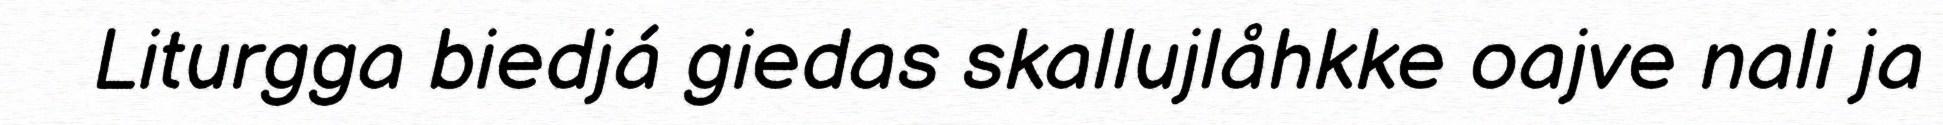
Liturgga biedjá giedas skallujlåhkke oajve nali ja